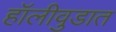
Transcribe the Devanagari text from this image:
हॉलीवुडात